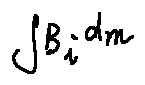
\int B _ { i } d m